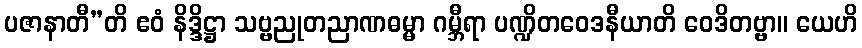
ပဇာနာတီ”တိ ဧဝံ နိဒ္ဒိဋ္ဌာ သဗ္ဗညုတညာဏဓမ္မာ ဂမ္ဘီရာ ပဏ္ဍိတဝေဒနီယာတိ ဝေဒိတဗ္ဗာ။ ယေဟိ